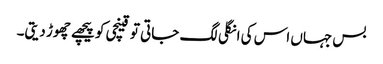
بس جہاں اس کی انگلی لگ جاتی تو قینچی کو پیچھے چھوڑ دیتی۔